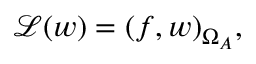
\mathcal { L } ( w ) = ( f , w ) _ { \Omega _ { A } } ,